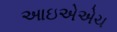
આઇએએચ